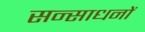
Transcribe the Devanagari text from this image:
सन्साधनों